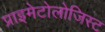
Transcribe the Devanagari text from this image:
प्राइमेटोलोजिस्ट